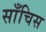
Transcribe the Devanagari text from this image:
साँचिस